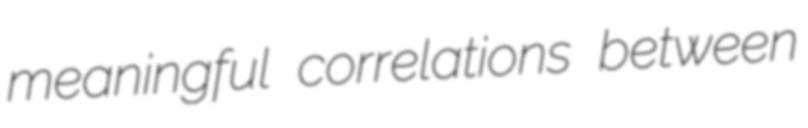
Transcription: meaningful correlations between